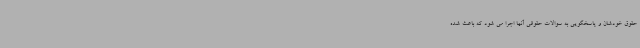
حقوق خودشان و پاسخگویی به سوالات حقوقی آنها اجرا می شود که باعث شده